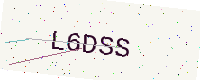
Text: L6DSS